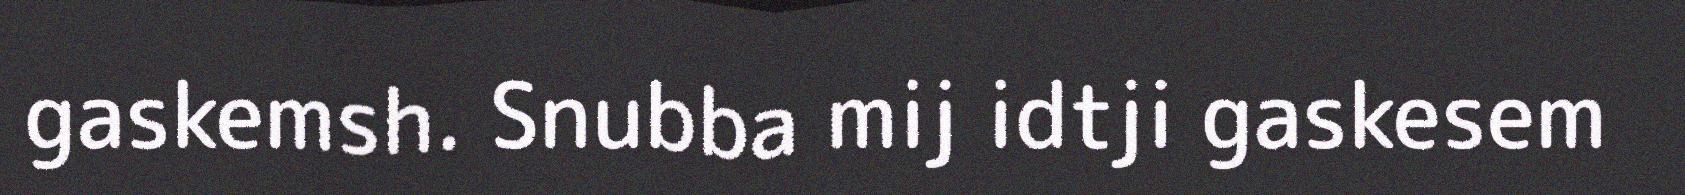
gaskemsh. Snubba mij idtji gaskesem